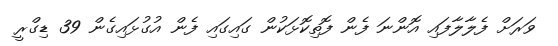
ވަރަށް ފެލާލާފައި އޮންނަ ފެން ފޮތިކޮޅަކުން ގައިގައި ފެން އުގުޅައިގެން 39 ޑިގްރީ